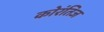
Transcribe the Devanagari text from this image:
कोरंतिज